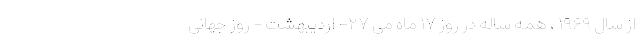
از سال ۱۹۶۹ ، همه ساله در روز ۱۷ ماه می ۲۷- اردیبهشت - روز جهانی